Vaccination Hyderabad 1872-1889 - 1872-1889
Year: 1872
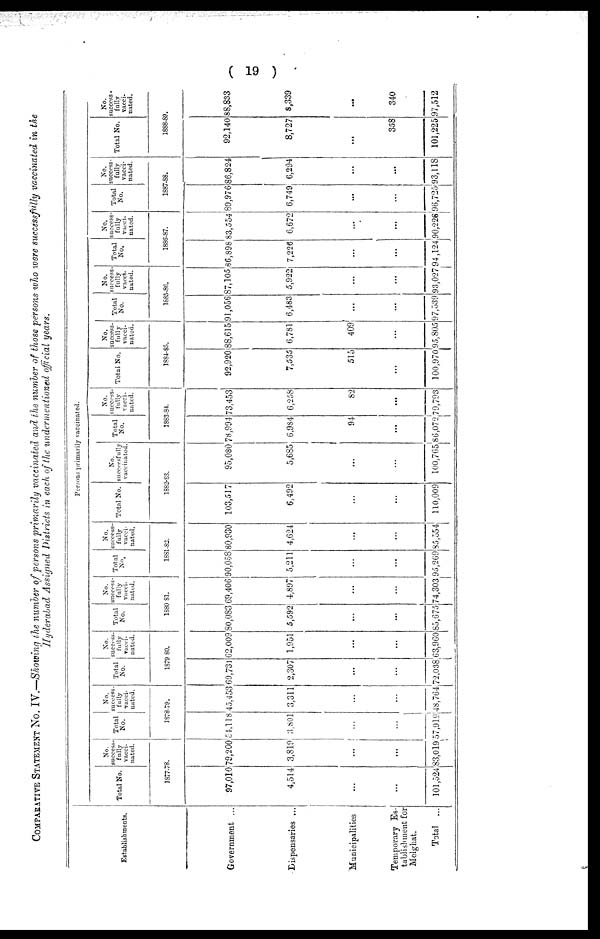
( 19 )
COMPARATIVE STATEMENT No. IV.—Showing the number of persons primarily vaccinated and the number of those persons who were successfully vaccinated in the
Hyderabad Assigned Districts in each of the undermentioned official years.
Establishments.
Government ...
Dispensaries ...
Municipalities
Temporary Es-
tablishment for
Melghat.
Total ...
Persons primarily vaccinated.
Total No.
No.
success-
fully
vacci-
nated.
1877-78.
97,010
4,514
...
...
101,524
79,200
3,819
...
...
83,019
Total
No.
No.
success-
fully
vacci¬
nated.
1878-79.
54,118
3,801
...
...
57,919
45,453
3,311
...
...
48,764
Total
No.
No.
success-
fully
vacci¬
nated.
1879-80.
69,731
2,307
...
...
72,038
62,009
1,951
...
...
63,960
Total
No.
No.
success¬
fully
vacci-
nated.
1880-81.
80,083
5,592
...
...
85,675
69,406
4,897
...
...
74,303
Total
No.
No.
success-
fully
vacci-
nated.
1881-82.
90,058
5,211
...
...
95,269
80,930
4,624
...
...
85,554
Total No.
No.
successfully
vaccinated.
1882-83.
103,517
6,492
...
...
110,009
95,080
5,685
...
...
100,765
Total
No.
No.
success-
fully
vacci-
nated.
1883-84.
78,994
6,984
94
...
86,072
73,453
6,258
82
...
79,793
Total No.
No.
success-
fully
vacci-
nated.
1884-85.
92,920
7,535
515
...
100,970
88,615
6,781
409
...
95,805
Total
No.
No.
success
fully
vacci-
nated.
1885-86.
91,056
6,483
...
...
97,539
87,105
5,922
...
...
93,027
Total
No.
No.
success-
fully
vacci-
nated.
1886-87.
86,898
7,226
...
...
94,124
83,554
6,672
...
...
90,226
Total
No.
No.
success-
fully
vacci-
nated.
1887-88.
89,976
6,749
...
...
96,725
86,824
6,294
...
...
93,118
Total No.
No.
success¬
fully
vacci-
nated.
1888-89.
92,140
8,727
...
358
101,225
88,833
8,339
...
340
97,512